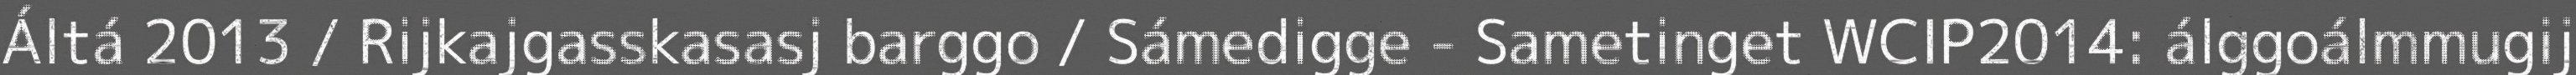
Áltá 2013 / Rijkajgasskasasj barggo / Sámedigge - Sametinget WCIP2014: álggoálmmugij